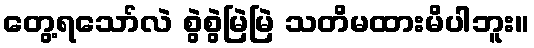
တွေ့ရသော်လဲ စွဲစွဲမြဲမြဲ သတိမထားမိပါဘူး။